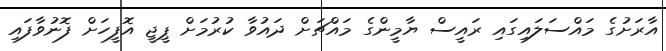
އާރަށުގެ މައްސަލައިގައި ރައީސް ޔާމީންގެ މައްޗަށް ދައުވާ ކުރުމަށް ޕީޖީ އޮފީހަށް ފޮނުވާފައި